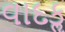
વાદકૢ